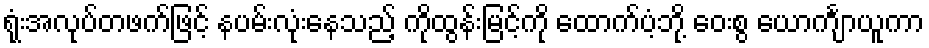
ရုံးအလုပ်တဖက်ဖြင့် နပမ်းလုံးနေသည့် ကိုထွန်းမြင့်ကို ထောက်ပံ့ဘို့ ဝေးစွ ယောင်္ကျာယူကာ